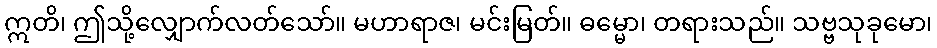
ဣတိ၊ ဤသို့လျှောက်လတ်သော်။ မဟာရာဇ၊ မင်းမြတ်။ ဓမ္မော၊ တရားသည်။ သဗ္ဗသုခုမော၊